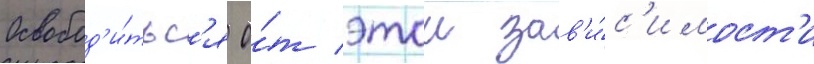
Освобод'и́тьс'я о́т этои зав'и́с'имост'и